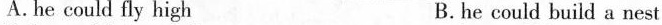
A.he could fly high B. he could build a nest